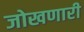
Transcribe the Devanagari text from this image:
जोखणारी